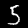
Label: 5